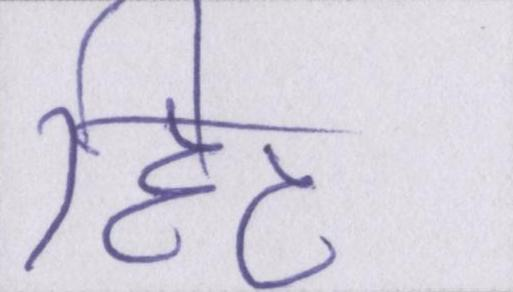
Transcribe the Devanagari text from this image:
हिट